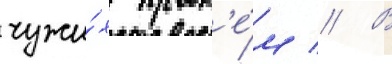
чужи́х пробл'е́м // В